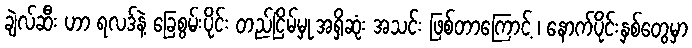
ချဲလ်ဆီး ဟာ ရလဒ်နဲ့ ခြေစွမ်းပိုင်း တည်ငြိမ်မှု အရှိဆုံး အသင်း ဖြစ်တာကြောင့် ၊ နောက်ပိုင်းနှစ်တွေမှာ